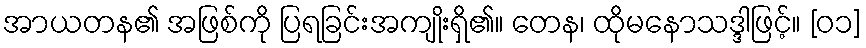
အာယတန၏ အဖြစ်ကို ပြရခြင်းအကျိုးရှိ၏။ တေန၊ ထိုမနောသဒ္ဒါဖြင့်။ [၀၁]